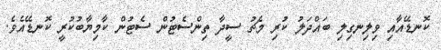
ކޮނޑޭއާއި ވިލިނގިލި ބައްދަލު ކުރި މެޗު ސީދާ ތިންސެޓުން ސެޓުން ކާމިޔާބުކުރީ ކޮނޑޭއެވެ.